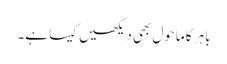
باہر کا ماحول بھی دیکھیں کیسا ہے۔